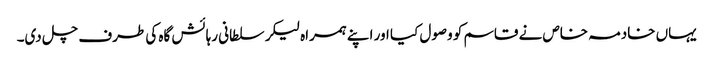
یہاں خادمہ خاص نے قاسم کو وصول کیا اور اپنے ہمراہ لیکر سلطانی رہائش گاہ کی طرف چل دی۔